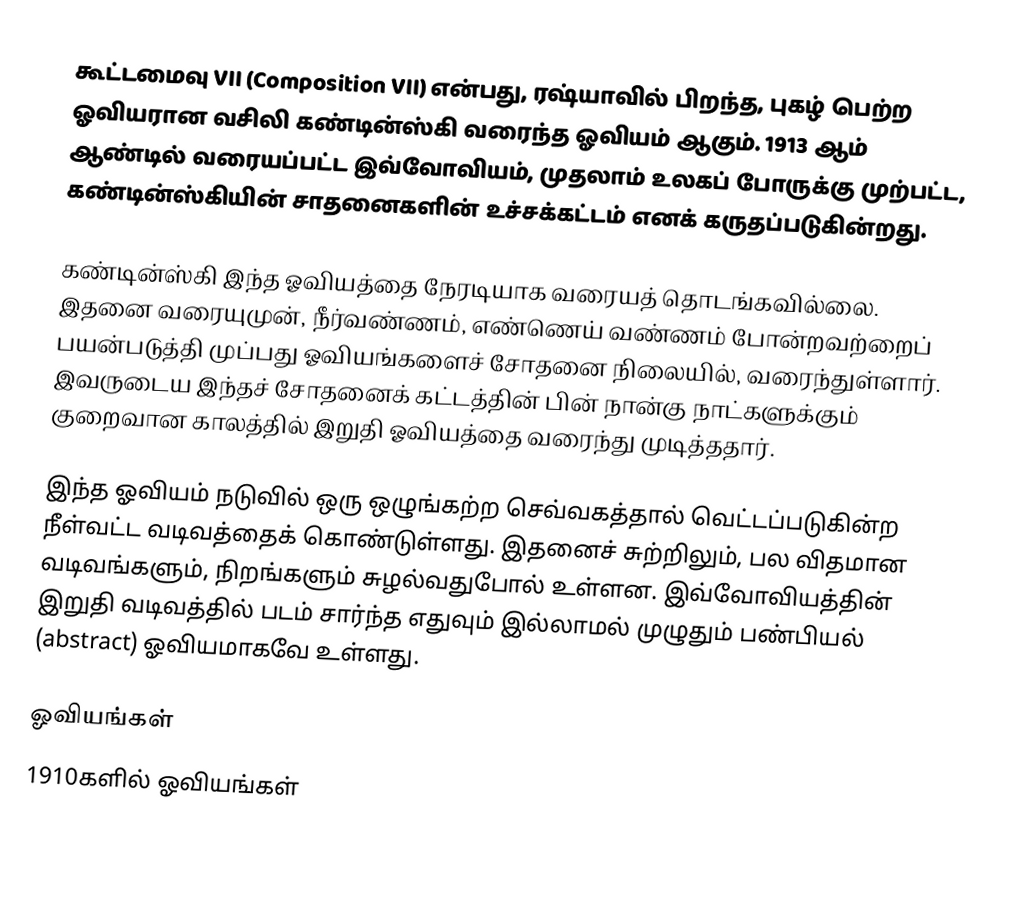
கூட்டமைவு VII (Composition VII) என்பது, ரஷ்யாவில் பிறந்த, புகழ் பெற்ற ஓவியரான வசிலி கண்டின்ஸ்கி வரைந்த ஓவியம் ஆகும். 1913 ஆம் ஆண்டில் வரையப்பட்ட இவ்வோவியம், முதலாம் உலகப் போருக்கு முற்பட்ட, கண்டின்ஸ்கியின் சாதனைகளின் உச்சக்கட்டம் எனக் கருதப்படுகின்றது.

கண்டின்ஸ்கி இந்த ஓவியத்தை நேரடியாக வரையத் தொடங்கவில்லை. இதனை வரையுமுன், நீர்வண்ணம், எண்ணெய் வண்ணம் போன்றவற்றைப் பயன்படுத்தி முப்பது ஓவியங்களைச் சோதனை நிலையில், வரைந்துள்ளார். இவருடைய இந்தச் சோதனைக் கட்டத்தின் பின் நான்கு நாட்களுக்கும் குறைவான காலத்தில் இறுதி ஓவியத்தை வரைந்து முடித்ததார்.

இந்த ஓவியம் நடுவில் ஒரு ஒழுங்கற்ற செவ்வகத்தால் வெட்டப்படுகின்ற நீள்வட்ட வடிவத்தைக் கொண்டுள்ளது. இதனைச் சுற்றிலும், பல விதமான வடிவங்களும், நிறங்களும் சுழல்வதுபோல் உள்ளன. இவ்வோவியத்தின் இறுதி வடிவத்தில் படம் சார்ந்த எதுவும் இல்லாமல் முழுதும் பண்பியல் (abstract) ஓவியமாகவே உள்ளது.

ஓவியங்கள்
1910களில் ஓவியங்கள்